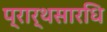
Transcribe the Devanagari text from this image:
प्रार्थसारधि